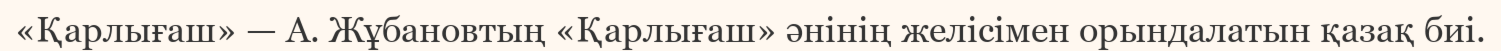
«Қарлығаш» — А. Жұбановтың «Қарлығаш» әнінің желісімен орындалатын қазақ биі.